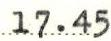
17.45